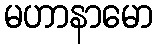
မဟာနာမော